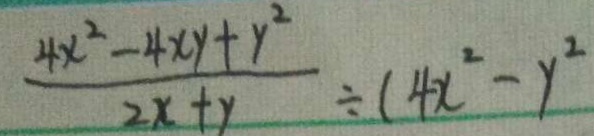
\frac { 4 x ^ { 2 } - 4 x y + y ^ { 2 } } { 2 x + y } \div ( 4 x ^ { 2 } - y ^ { 2 }